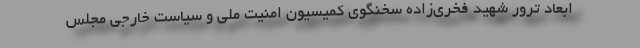
ابعاد ترور شهید فخری‌زاده سخنگوی کمیسیون امنیت ملی و سیاست خارجی مجلس